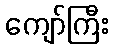
ကျော်ကြီး